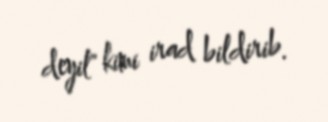
deyil" kimi irad bildirib.